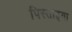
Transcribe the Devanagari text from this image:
पिस्ताइया